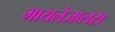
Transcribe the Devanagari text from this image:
मायलेजप्लस